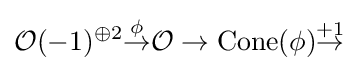
{\mathcal {O}}(-1)^{\oplus 2}{\overset {\phi }{\rightarrow }}{\mathcal {O}}\to \operatorname {Cone} (\phi ){\overset {+1}{\rightarrow }}